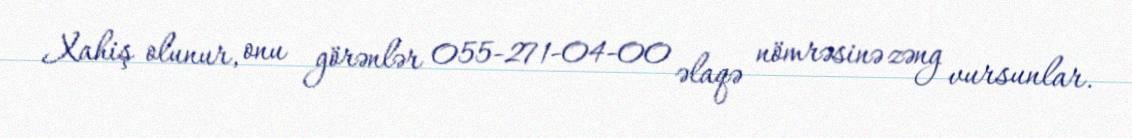
Xahiş olunur, onu görənlər 055-271-04-00 əlaqə nömrəsinə zəng vursunlar.